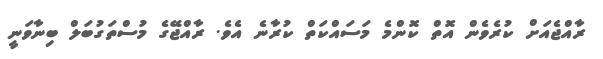
ރާއްޖެއަށް ކުރެވެން އޮތް ކޮންމެ މަސައްކަތް ކުރާނެ އެވެ. ރާއްޖޭގެ މުސްތަގުބަލް ބިނާވަނީ